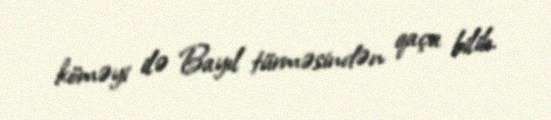
köməyi ilə Bayıl türməsindən qaça bilib.